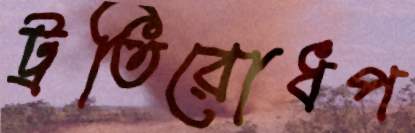
ট্রতিরোধপ